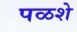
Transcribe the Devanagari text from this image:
पळशे